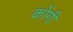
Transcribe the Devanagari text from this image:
कोंगी